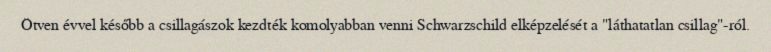
Ötven évvel később a csillagászok kezdték komolyabban venni Schwarzschild elképzelését a "láthatatlan csillag"-ról.